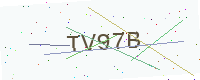
Text: TV97B